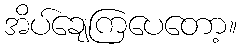
အိပ်ချေကြပေတော့။